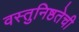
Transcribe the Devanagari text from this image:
वस्तुनिष्ठतेची